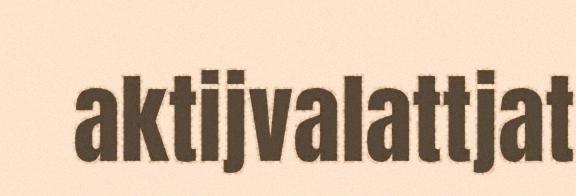
aktijvalattjat